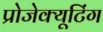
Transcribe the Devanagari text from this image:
प्रोजेक्यूटिंग